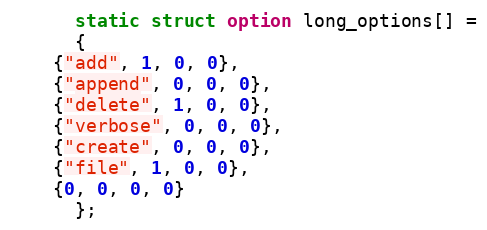
Language: C
      static struct option long_options[] =
      {
	{"add", 1, 0, 0},
	{"append", 0, 0, 0},
	{"delete", 1, 0, 0},
	{"verbose", 0, 0, 0},
	{"create", 0, 0, 0},
	{"file", 1, 0, 0},
	{0, 0, 0, 0}
      };